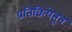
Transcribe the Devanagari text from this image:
प्रतिक्रियेतून